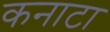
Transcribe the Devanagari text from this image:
कनाटा